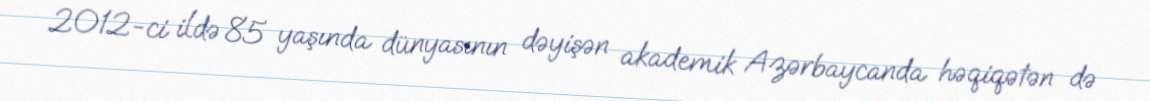
2012-ci ildə 85 yaşında dünyasının dəyişən akademik Azərbaycanda həqiqətən də